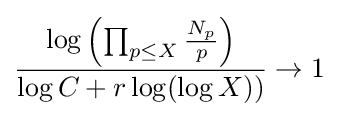
{\frac {\log \left(\prod _{p\leq X}{\frac {N_{p}}{p}}\right)}{\log C+r\log(\log X))}}\rightarrow 1